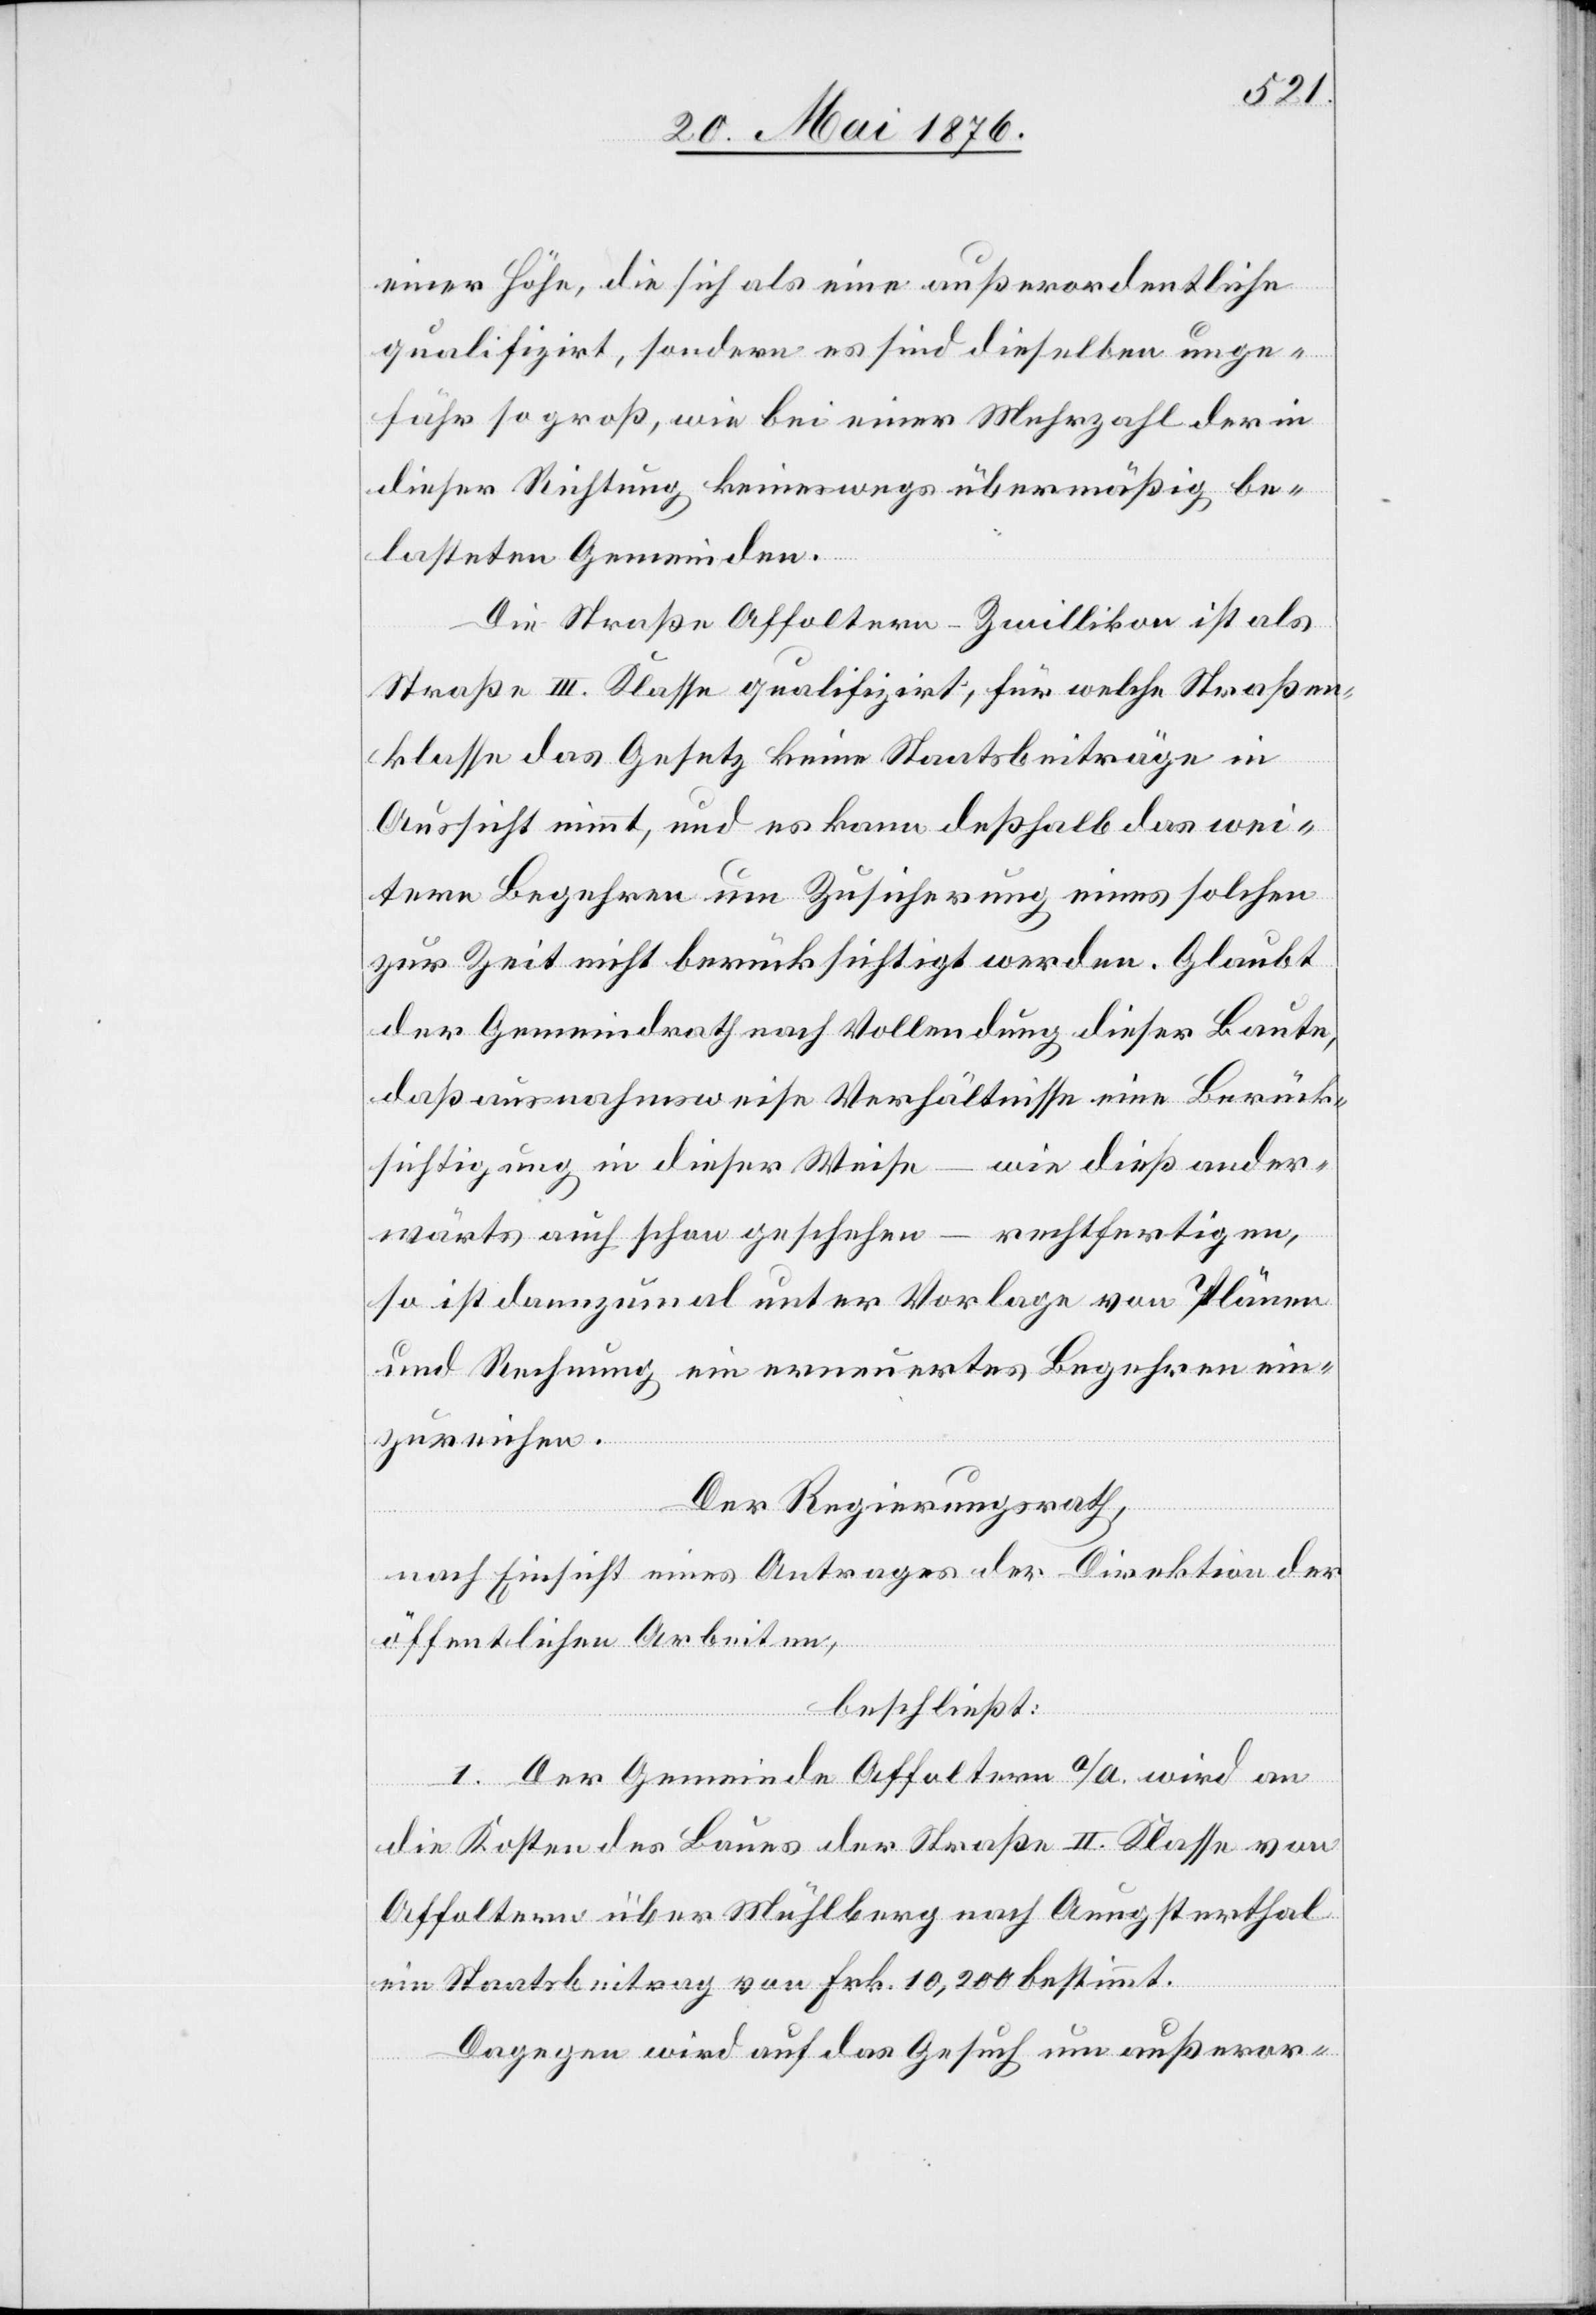
einer Höhe, die sich als eine außerordentliche
qualifizirt, sondern es sind dieselben unge¬
fähr so groß, wie bei einer Mehrzahl der in
dieser Richtung keineswegs übermäßig be¬
lasteten Gemeinden.
Die Straße Affoltern-Zwillikon ist als
Straße III. Klasse qualifiziert, für welche Straßen¬
klasse das Gesetz keine Staatsbeiträge in
Aussicht nimmt, und es kann deßhalb das wei¬
tere Begehren um Zusicherung eines solchen
zur Zeit nicht berücksichtigt werden. Glaubt
der Gemeindrath nach Vollendung dieser Baute,
daß ausnahmsweise Verhältnisse eine Berück¬
sichtigung in dieser Weise – wie dieß ander¬
wärts auch schon geschehen – rechtfertigen,
so ist dannzumal unter Vorlage von Plänen
und Rechnung ein erneuertes Begehren ein¬
zureichen.
Der Regierungsrath,
nach Einsicht eines Antrages der Direktion der
öffentlichen Arbeiten
beschließt:
I. Der Gemeinde Affoltern a/A. wird an
die Kosten des Baues der Straße II. Klasse von
Affoltern über Mühlberg nach Aeugsterthal
ein Staatsbeitrag von Frk. 10,200 bestimmt.
Dagegen wird auf das Gesuch um außeror-